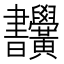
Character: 𣍜